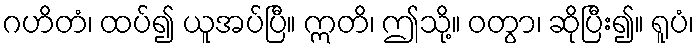
ဂဟိတံ၊ ထပ်၍ ယူအပ်ပြီ။ ဣတိ၊ ဤသို့။ ဝတွာ၊ ဆိုပြီး၍။ ရူပံ၊